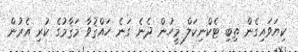
ކިޔަވައިގެން ތިބި ޓެކްނިކަލް މީހުން ދެނެ ގަނެ ހައްޤުވާ މަޤާމުގެ ކުރި އެރުން